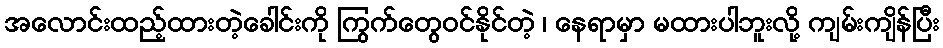
အလောင်းထည့်ထားတဲ့ခေါင်းကို ကြွက်တွေဝင်နိုင်တဲ့ ၊ နေရာမှာ မထားပါဘူးလို့ ကျမ်းကျိန်ပြီး